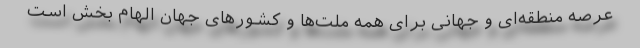
عرصه منطقه‌ای و جهانی برای همه ملت‌ها و کشورهای جهان الهام بخش است